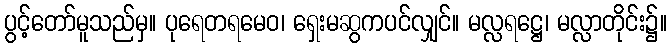
ပွင့်တော်မူသည်မှ။ ပုရေတရမေဝ၊ ရှေးမဆွကပင်လျှင်။ မလ္လရဋ္ဌေ၊ မလ္လာတိုင်း၌။